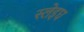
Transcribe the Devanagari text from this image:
स्लेइघ